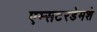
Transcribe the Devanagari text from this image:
एम्सटरडेमशे